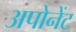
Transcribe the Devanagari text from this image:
अपोनेंट